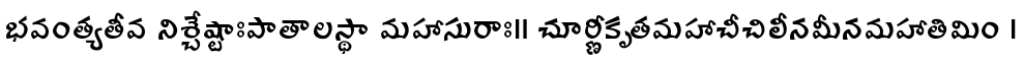
భవంత్యతీవ నిశ్చేష్టాఃపాతాలస్థా మహాసురాః॥ చూర్ణీకృతమహాచీచిలీనమీనమహాతిమిం ।